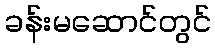
ခန်းမဆောင်တွင်